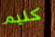
كليم